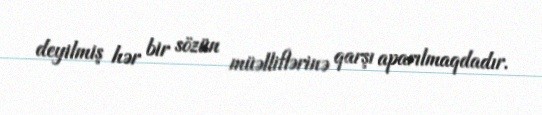
deyilmiş hər bir sözün müəlliflərinə qarşı aparılmaqdadır.